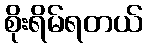
စိုးရိမ်ရတယ်